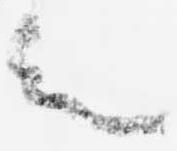
言